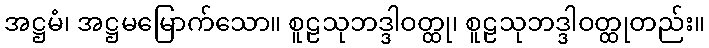
အဋ္ဌမံ၊ အဋ္ဌမမြောက်သော။ စူဠသုဘဒ္ဒါဝတ္ထု၊ စူဠသုဘဒ္ဒါဝတ္ထုတည်း။